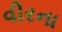
વીરના